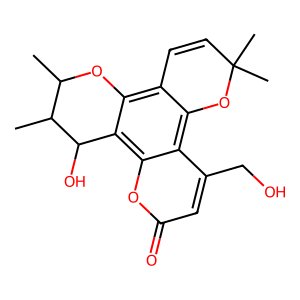
SMILES: CC1Oc2c3c(c4c(CO)cc(=O)oc4c2C(O)C1C)OC(C)(C)C=C3
Inhibits HIV replication: No